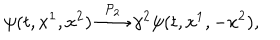
\psi ( t , x ^ { 1 } , x ^ { 2 } ) \stackrel { { \cal P } _ { 2 } } { \longrightarrow } \gamma ^ { 2 } \psi ( t , x ^ { 1 } , - x ^ { 2 } ) ,